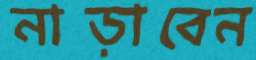
নাড়াবেন